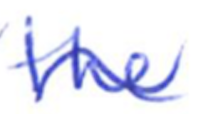
Text: the
Cross-out: wave
Writing tool: ballpoint